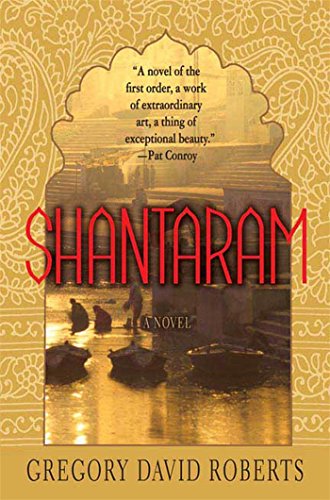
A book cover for Shantaram: A Novel; Gregory David Roberts; Literature & Fiction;